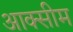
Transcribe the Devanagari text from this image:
आक्सीम